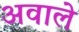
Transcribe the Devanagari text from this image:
अवाले